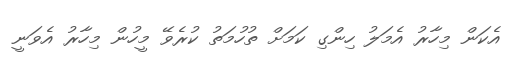
އެކަން މިހާރު އެމަލު ހިންގި ކަމަށް ތުހުމަތު ކުރެވޭ މީހުން މިހާރު އެވަނީ